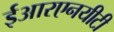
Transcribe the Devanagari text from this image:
ईआरएनयीटी